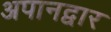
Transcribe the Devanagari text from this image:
अपानद्वार